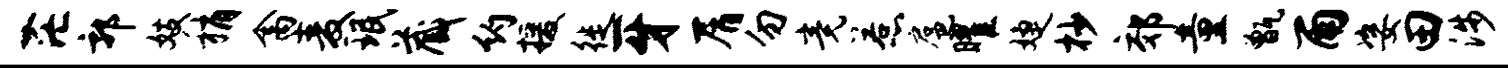
茫郭妓稍禽麦珉藏约援徙牙屑勿竟惹扈曜婕杪郊童甑雨姿田涉